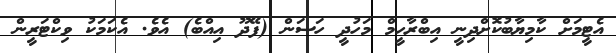
އެޓީމަށް ކާމިޔާބުކޮށްދިނީ އިބްރާހީމް މަހުދީ ހަސަން (ފޭދޫ އިއްބެ) އެވެ. އެކަމަކު ވިކްޓަރީން